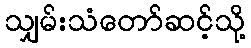
သျှမ်းသံတော်ဆင့်သို့